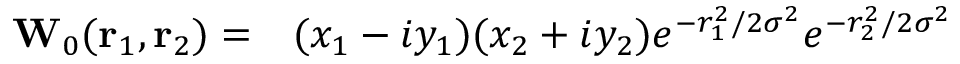
\begin{array} { r l } { \mathbf { { W } } _ { 0 } ( \mathbf { r } _ { 1 } , \mathbf { r } _ { 2 } ) = } & { { } ( x _ { 1 } - i y _ { 1 } ) ( x _ { 2 } + i y _ { 2 } ) e ^ { - r _ { 1 } ^ { 2 } / 2 \sigma ^ { 2 } } e ^ { - r _ { 2 } ^ { 2 } / 2 \sigma ^ { 2 } } } \end{array}